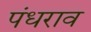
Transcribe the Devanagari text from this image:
पंधराव